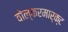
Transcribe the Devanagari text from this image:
वोल्करमार्क्ट